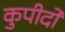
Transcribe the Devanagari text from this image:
कुपीदो